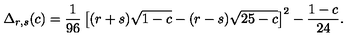
\Delta _ { r , s } ( c ) = \frac { 1 } { 9 6 } \left[ ( r + s ) \sqrt { 1 - c } - ( r - s ) \sqrt { 2 5 - c } \right] ^ { 2 } - \frac { 1 - c } { 2 4 } .